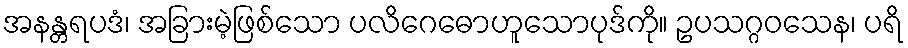
အနန္တရပဒံ၊ အခြားမဲ့ဖြစ်သော ပလိဂေဓောဟူသောပုဒ်ကို။ ဥပသဂ္ဂဝသေန၊ ပရိ